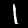
Digit: 1